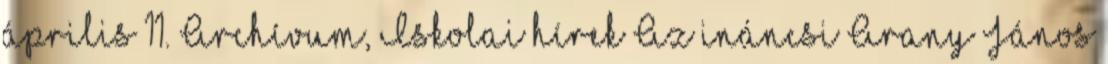
április 11. Archívum, Iskolai hírek Az ináncsi Arany János